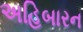
અહિબારન